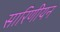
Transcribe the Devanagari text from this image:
सारिणीयन